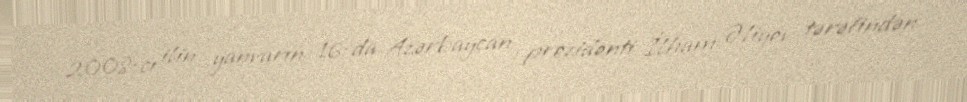
2008-cı ilin yanvarın 16-da Azərbaycan prezidenti İlham Əliyev tərəfindən